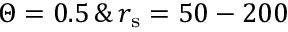
\Theta = 0 . 5 \, \& \, r _ { \mathrm { s } } = 5 0 - 2 0 0